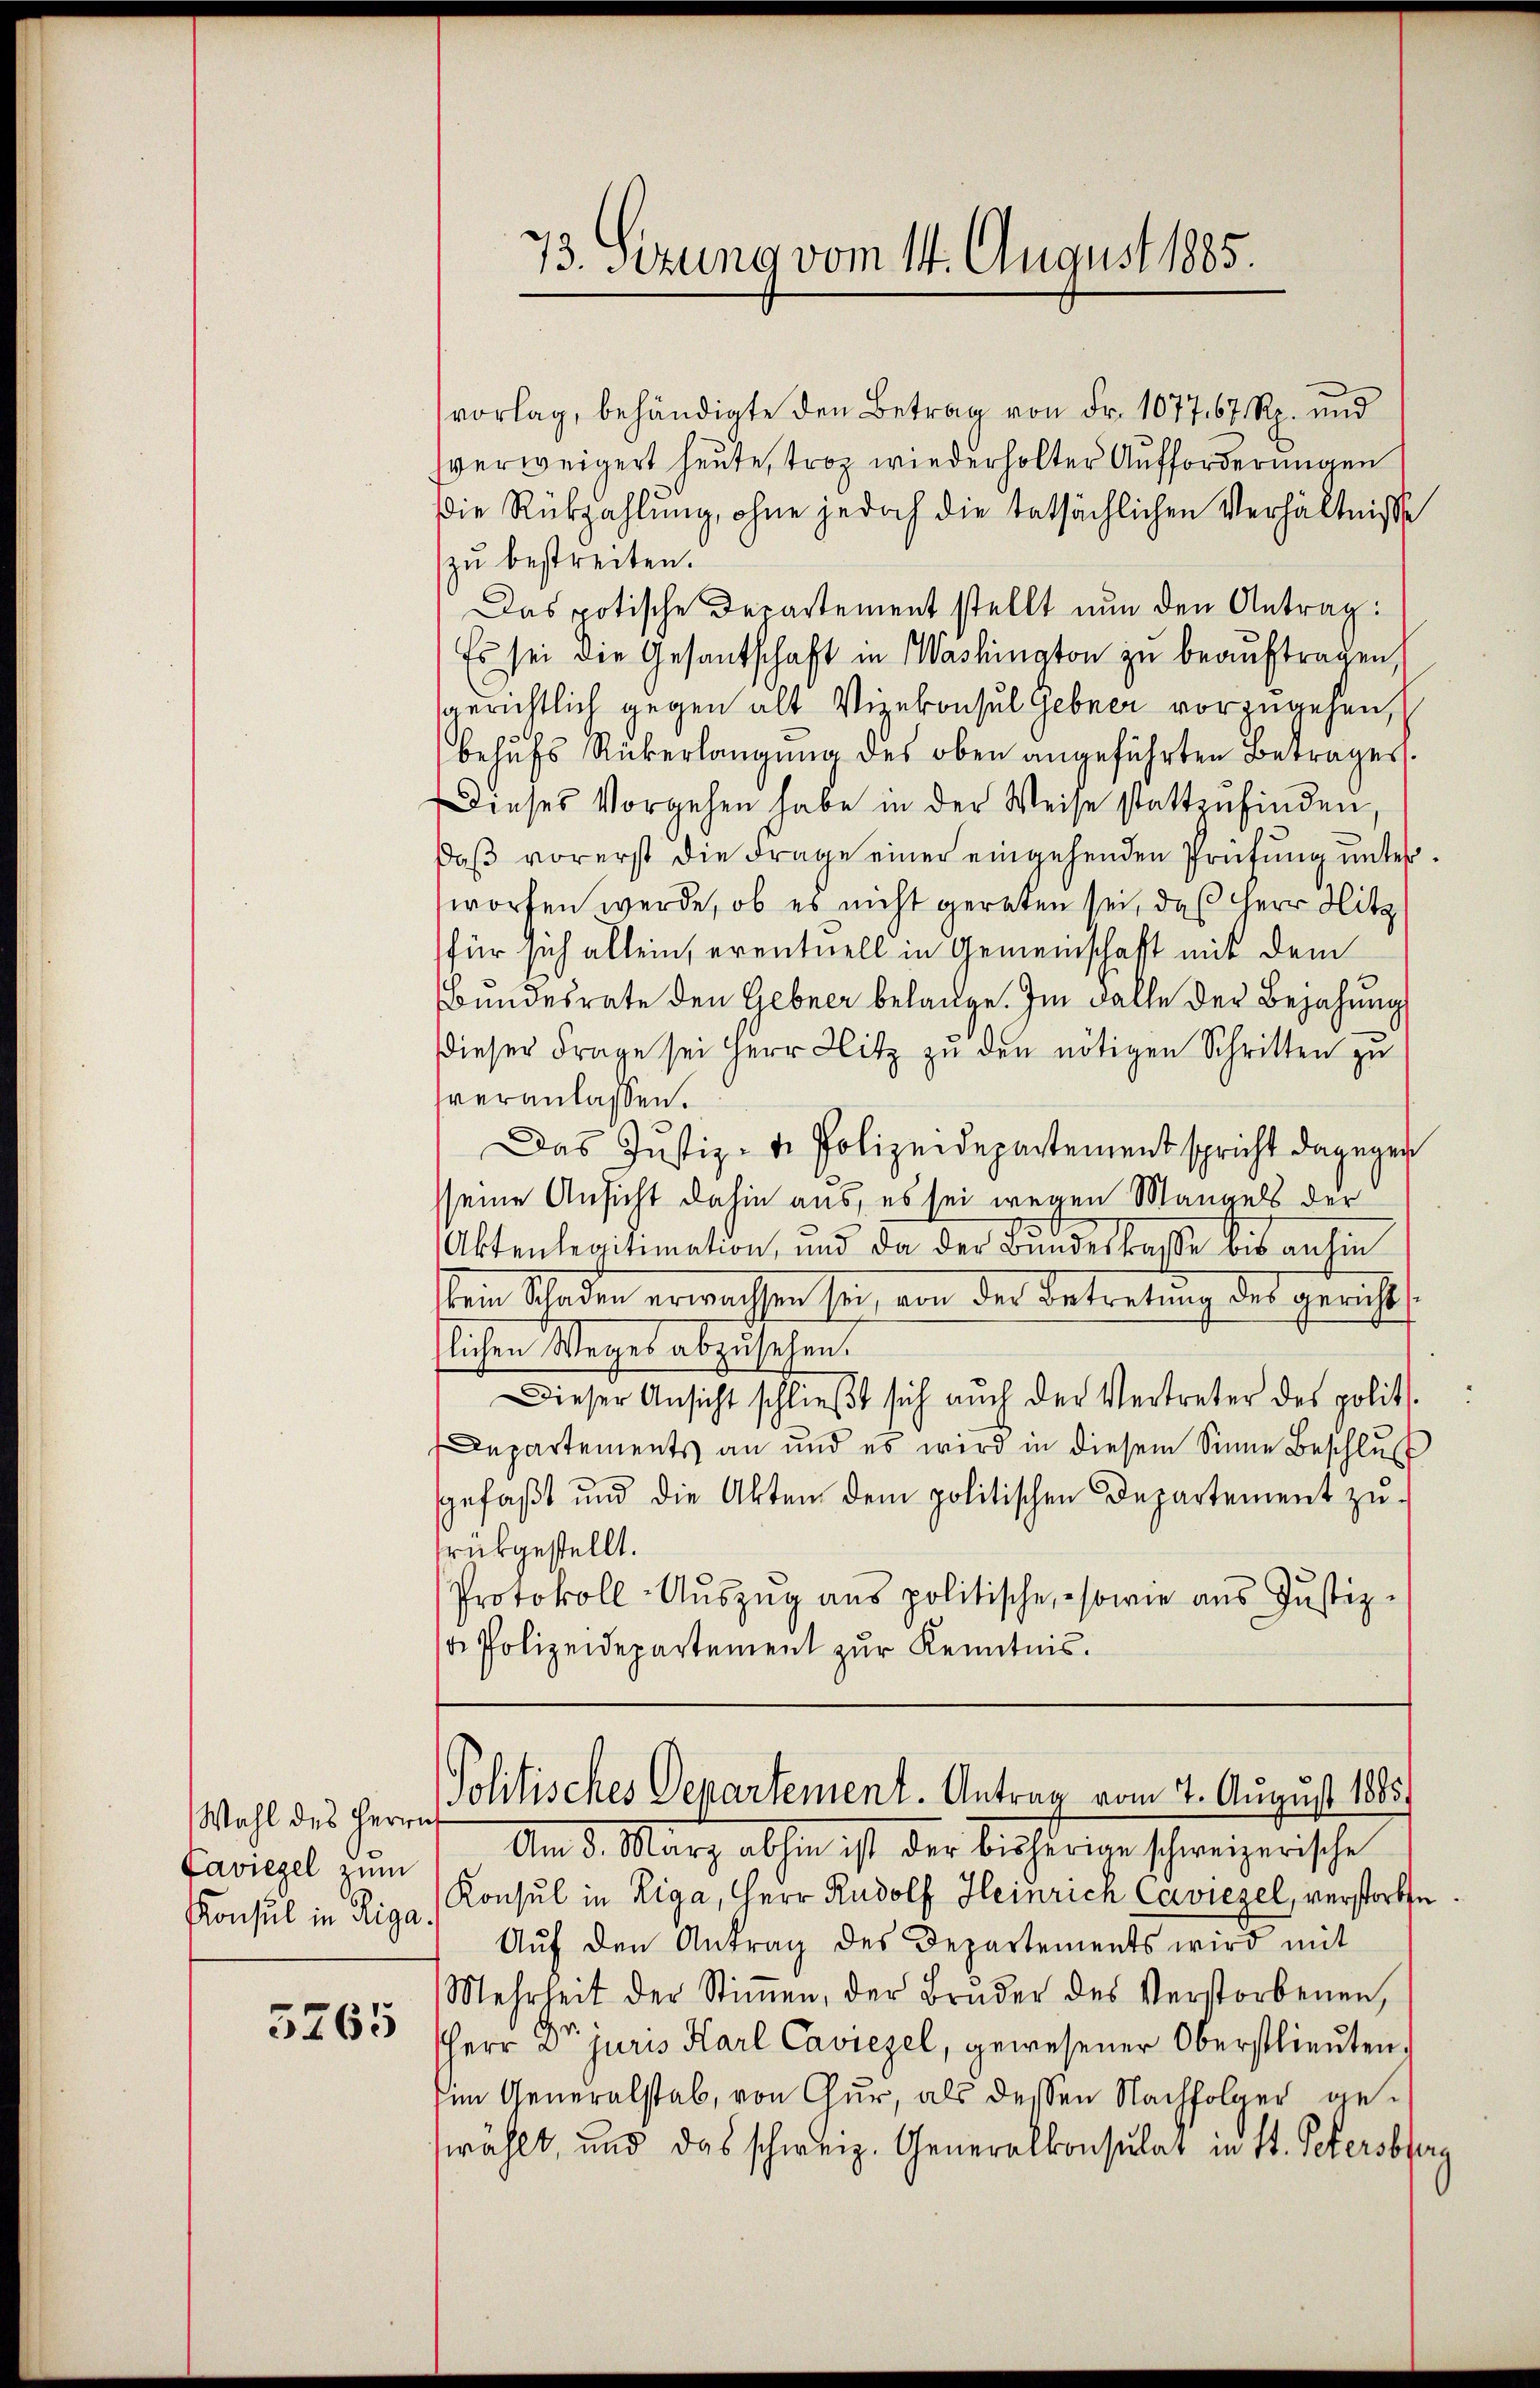
Wahl des Herrn
Caviezel zum
Konsul in Riga

5265

73. Sizung vom 14. August 1885.

vorlag, behändigte den Betrag von Fr. 1077. 67 Rp. und
verweigert heute, troz wiederholter Aufforderungen
Die Rückzahlung, ohne jedoch die tatsächlichen Verhältnisse
zu bestreiten.
Das potische Departement stellt nun den Antrag:
Es sei die Gesantschaft in Washington zu beauftragen,
gerichtlich gegen alt Viekonsul gebner vorzugehen,
behufs Rückerlangung des oben angeführten Betrages.
Dieses Vorgehen habe in der Weise stattzŭfinden,
daß vorerst die Frage einer eingehenden Prüfung unterworfen werde, ob es nicht geraten sei, daß Herr Hitz
für sich allein, eventuell in Gemeinschaft mit dem
Bundesrate den Gebner belange. Im Falle der Bejahung
dieser Frage sei Herr Hitz zŭ den nötigen Schritten zu
veranlassen.
Das Justiz- u. Polizeidepartement spricht dagegen
sseine Ansicht dahin aus, es sei wegen Mannels der
30
Aktenlegitimation, und da der Bundeskasse bis anhin
kein Schaden erwachsen sei, von der Betretung des gerichtslichen Weges abzusehen.
Dieser Ansicht schlieβt sich aŭch der Vertreter des polit.
Departements an und es wird in diesem Sinne Beschlŭs
gefaßt und die Akten dem politischen Departement zŭ-
rükgestellt.
Protokoll-Aŭszŭg ans politische, sowie aus Justiz-
. Polizeidepartement zur Kenntnis.

Politisches Departement. Antrag vom 7. August 1885.

Am 3. März abhin ist der bisherige schweizerische
Konsul in Riga, Herr Rudolf Heinrich Caviezel, verstorbe
Auf den Antrag des Departements wird mit
Mehrheit der Stiṁen, der Bruder des Verstorbenen,
HHerr Dr. juris Karl Caviezel, gewesener Oberstlieuten.
im Generalstab, von Chur, als dessen Nachfolger gewählt, und das schweiz. Generalkonsulat in St. Petersbfer